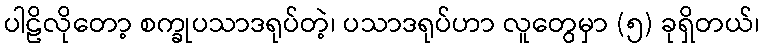
ပါဠိလိုတော့ စက္ခုပသာဒရုပ်တဲ့၊ ပသာဒရုပ်ဟာ လူတွေမှာ (၅) ခုရှိတယ်၊